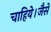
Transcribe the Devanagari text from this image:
चाहिये।जैसे